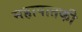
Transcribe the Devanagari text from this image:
महापातकी